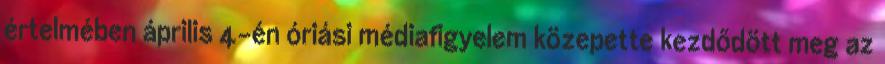
értelmében április 4-én óriási médiafigyelem közepette kezdődött meg az